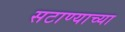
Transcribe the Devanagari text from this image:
सटाण्याच्या